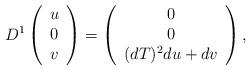
LaTeX: \begin{align*}D^{1}\left ( \begin{array}{c}u\\0\\v\end{array}\right )=\left (\begin{array}{c}0\\0\\ (dT)^{2}du+ d{v}\end{array}\right ),\end{align*}